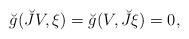
LaTeX: \begin{align*}\breve{g}(\breve{J}V,\xi )=\breve{g}(V,\breve{J}\xi )=0, \end{align*}